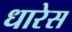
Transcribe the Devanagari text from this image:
धारेस